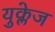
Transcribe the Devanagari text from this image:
युक्लेज